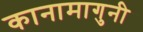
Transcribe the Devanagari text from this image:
कानामागुनी